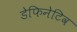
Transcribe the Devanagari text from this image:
डेफिनेटिव